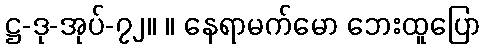
ဋ္ဌ-ဒု-အုပ်-၇၂။ ။ နေရာမက်မော ဘေးထူပြော